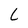
Character: L